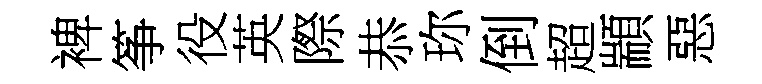
裨筝役英際恭珎倒超顓惡